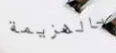
بالهزيمة